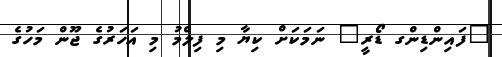
"ފައިންޑިންގ ޑޯރީ" ނަމަކަށް ކިޔާ މި ފިލްމު މި އަހަރުގެ ޖޫން މަހުގެ